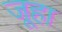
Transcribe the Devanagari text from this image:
जूहा